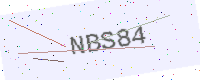
Text: NBS84